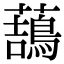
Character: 䕵